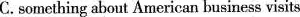
C.something about American business visits